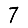
Digit: 7